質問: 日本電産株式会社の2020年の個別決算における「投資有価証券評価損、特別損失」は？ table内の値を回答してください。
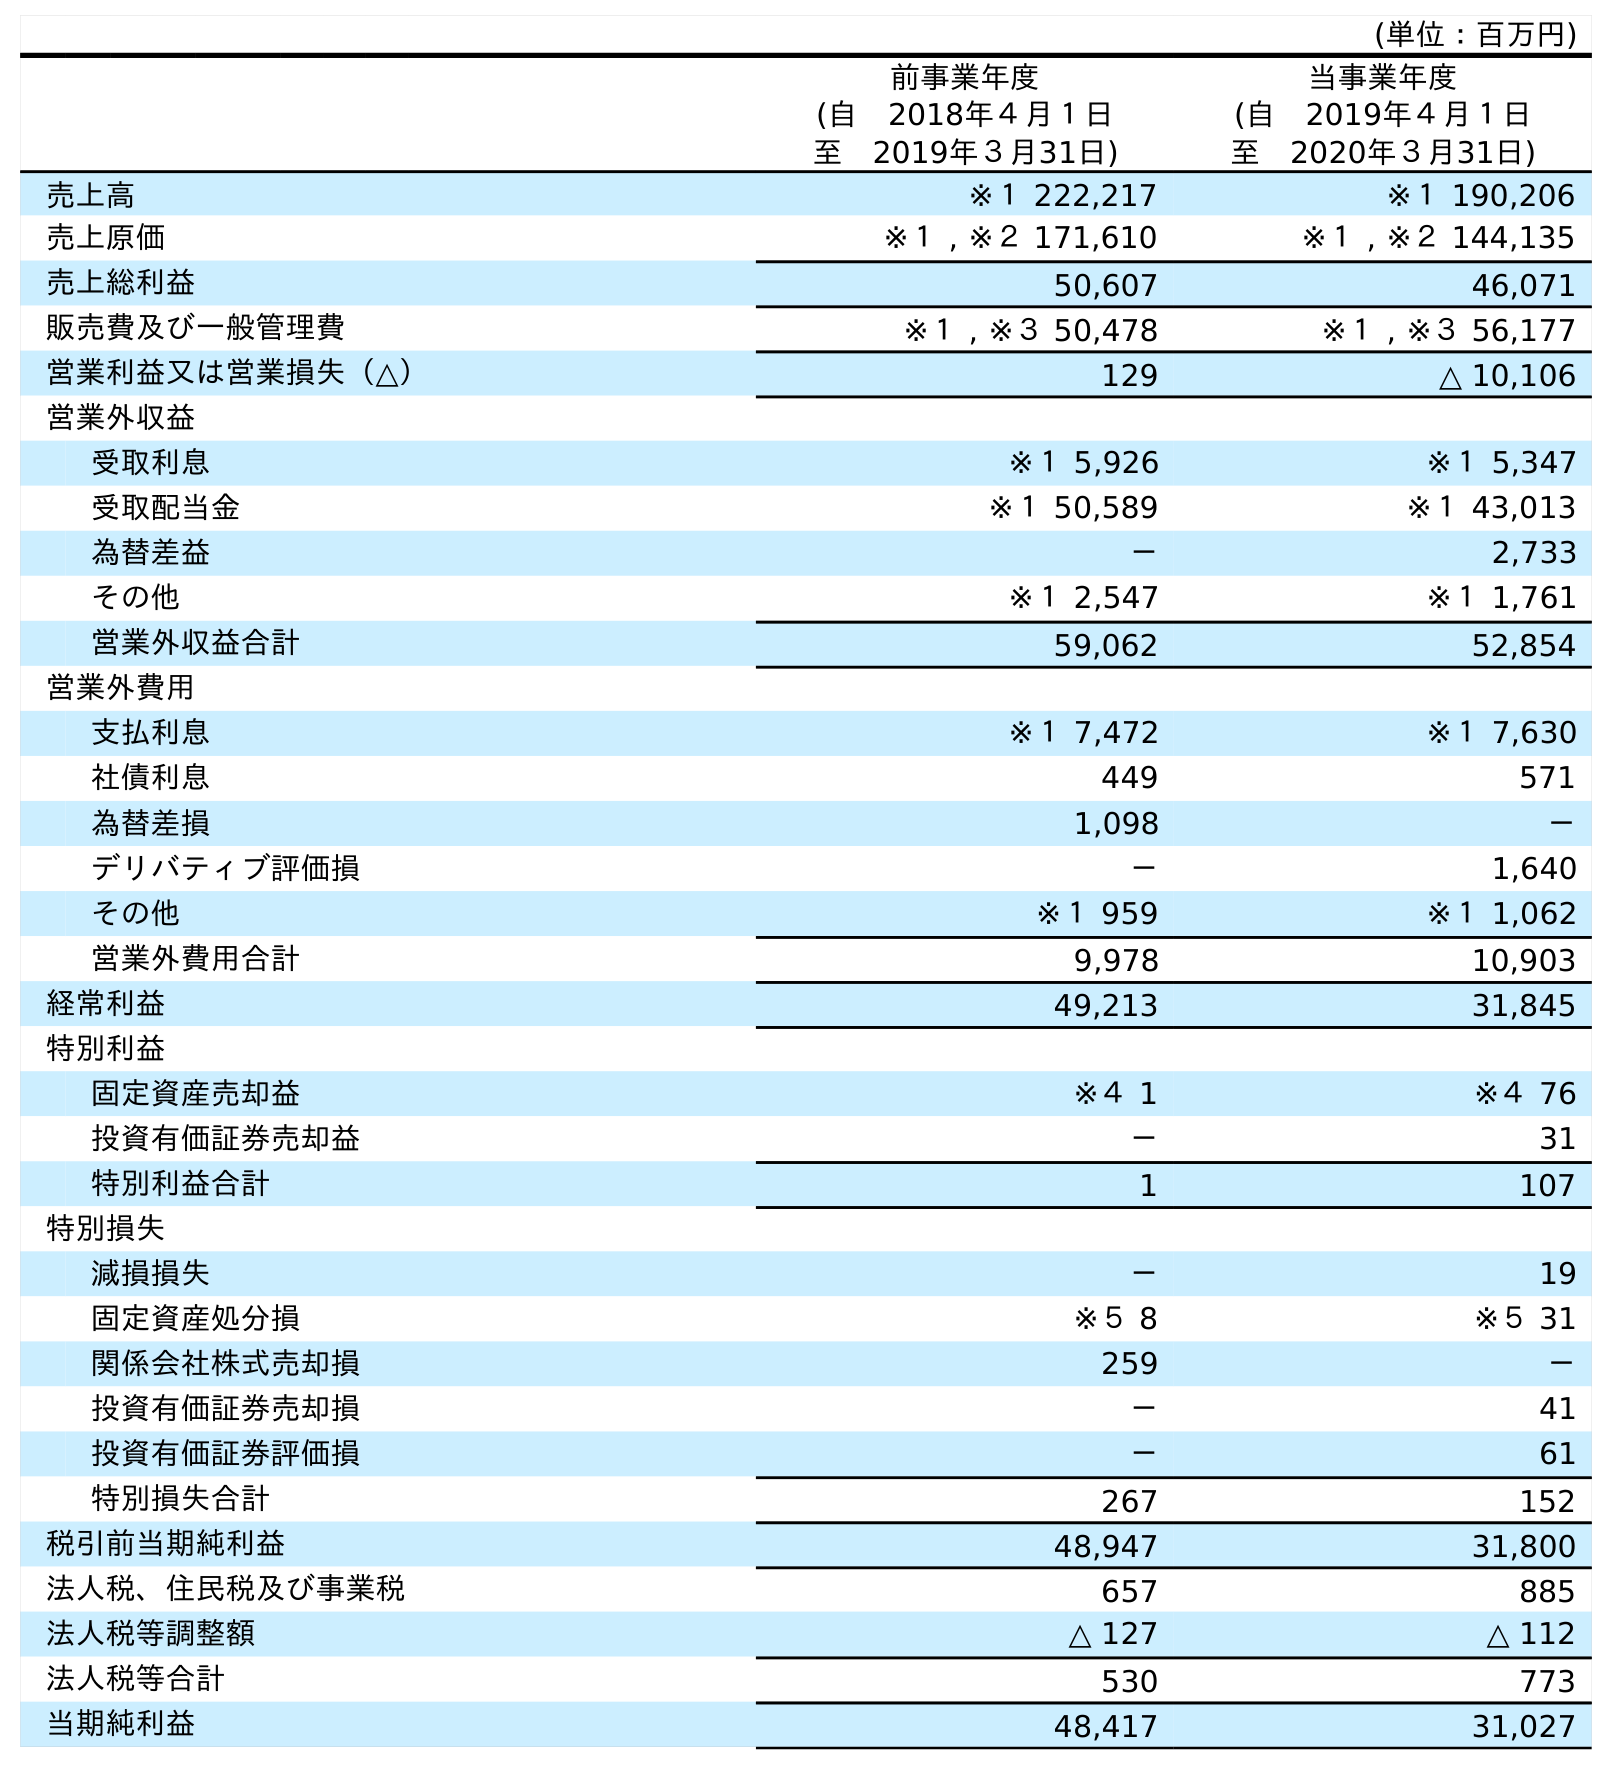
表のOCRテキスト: (単位：百万円) 前事業年度 (自 2018年４月１日 至 2019年３月31日) 当事業年度 (自 2019年４月１日 至 2020年３月31日) 売上高 ※１ 222,217 ※１ 190,206 売上原価 ※１ , ※２ 171,610 ※１ , ※２ 144,135 売上総利益 50,607 46,071 販売費及び一般管理費 ※１ , ※３ 50,478 ※１ , ※３ 56,177 営業利益又は営業損失（△） 129 △ 10,106 営業外収益 受取利息 ※１ 5,926 ※１ 5,347 受取配当金 ※１ 50,589 ※１ 43,013 為替差益 － 2,733 その他 ※１ 2,547 ※１ 1,761 営業外収益合計 59,062 52,854 営業外費用 支払利息 ※１ 7,472 ※１ 7,630 社債利息 449 571 為替差損 1,098 － デリバティブ評価損 － 1,640 その他 ※１ 959 ※１ 1,062 営業外費用合計 9,978 10,903 経常利益 49,213 31,845 特別利益 固定資産売却益 ※４ 1 ※４ 76 投資有価証券売却益 － 31 特別利益合計 1 107 特別損失 減損損失 － 19 固定資産処分損 ※５ 8 ※５ 31 関係会社株式売却損 259 － 投資有価証券売却損 － 41 投資有価証券評価損 － 61 特別損失合計 267 152 税引前当期純利益 48,947 31,800 法人税、住民税及び事業税 657 885 法人税等調整額 △ 127 △ 112 法人税等合計 530 773 当期純利益 48,417 31,027
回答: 61